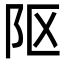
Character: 𨸟